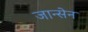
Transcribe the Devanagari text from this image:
जान्सेन